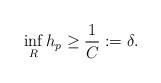
LaTeX: \begin{align*} \inf_{R} h_p \geq \dfrac{1}{C}:=\delta. \end{align*}